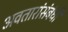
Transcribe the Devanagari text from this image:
अवतारांसंबंधी